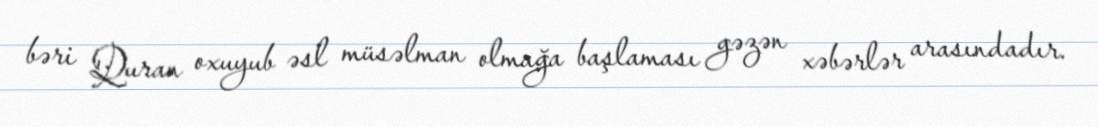
bəri Quran oxuyub əsl müsəlman olmağa başlaması gəzən xəbərlər arasındadır.